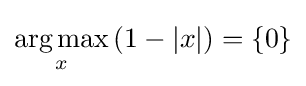
{\underset {x}{\operatorname {arg\,max} }}\,(1-|x|)=\{0\}